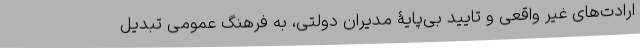
ارادت‌های غیر واقعی و تایید بی‌پایۀ مدیران دولتی، به فرهنگ عمومی تبدیل